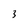
Character: 3